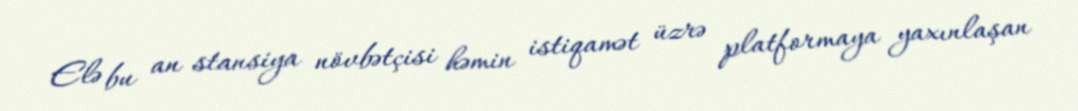
Elə bu an stansiya növbətçisi həmin istiqamət üzrə platformaya yaxınlaşan